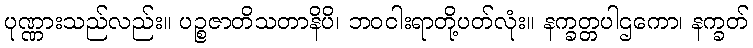
ပုဏ္ဏားသည်လည်း။ ပဉ္စဇာတိသတာနိပိ၊ ဘဝငါးရာတို့ပတ်လုံး။ နက္ခတ္တပါဌကော၊ နက္ခတ်